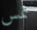
تمس